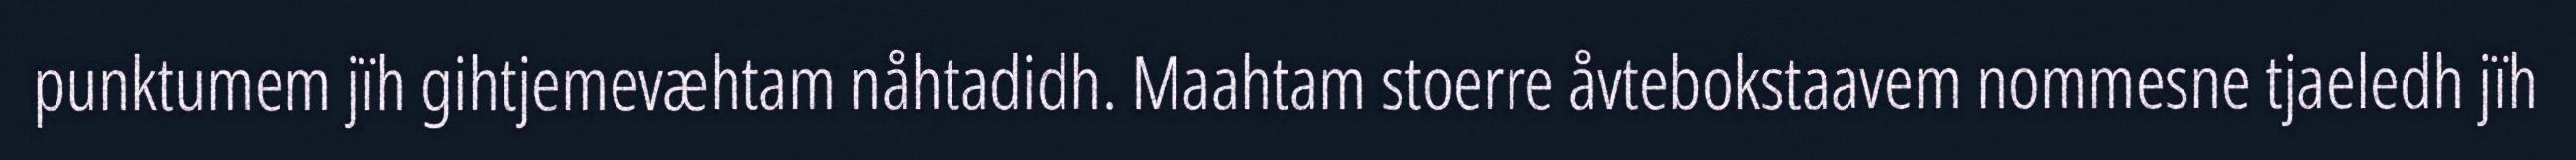
punktumem jïh gihtjemevæhtam nåhtadidh. Maahtam stoerre åvtebokstaavem nommesne tjaeledh jïh